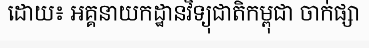
ដោយ៖ អគ្គនាយកដ្ឋានវិទ្យុជាតិកម្ពុជា ចាក់ផ្សា